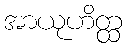
အာယုဟိတ္ထ